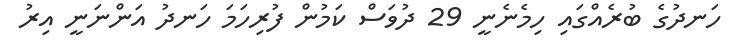
ހަނދުގެ ބުރެއްގައި ހިމެނެނީ 29 ދުވަސް ކަމުން ފުރިހަމަ ހަނދު އަންނަނީ އިރު